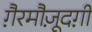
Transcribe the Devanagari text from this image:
ग़ैरमौज़ूदग़ी